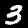
Label: 3